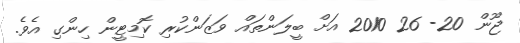
ޖޫން 20- 26 2010 އަށް ބީލަންތައް ވަޒަންކުރި ކޮމިޓީން ހިންގި އެވެ.